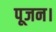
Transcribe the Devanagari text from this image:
पूजन।